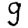
Digit: 9